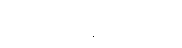
ယုံကြည်နေ ပါတယ်။